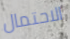
الاحتمال